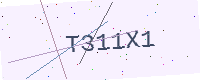
Text: T311X1